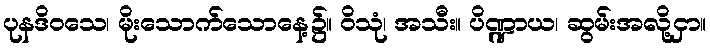
ပုနဒိဝသေ၊ မိုးသောက်သောနေ့၌။ ဝိသုံ၊ အသီး။ ပိဏ္ဍာယ၊ ဆွမ်းအလို့ငှာ။